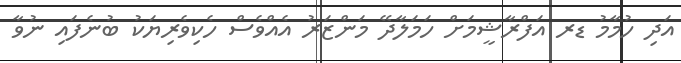
އަދި ހުމާމު ޑރ އަފްރާޝީމަށް ހަމަލާދޭ މަންޒަރު އެއްވެސް ހެކިވެރިޔަކު ބުނެފައި ނުވާ